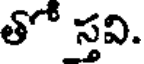
తో స్తవి.